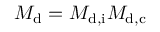
M _ { \mathrm d } = M _ { \mathrm { d , i } } M _ { \mathrm { d , c } }